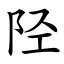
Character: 陉